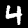
Digit: 4